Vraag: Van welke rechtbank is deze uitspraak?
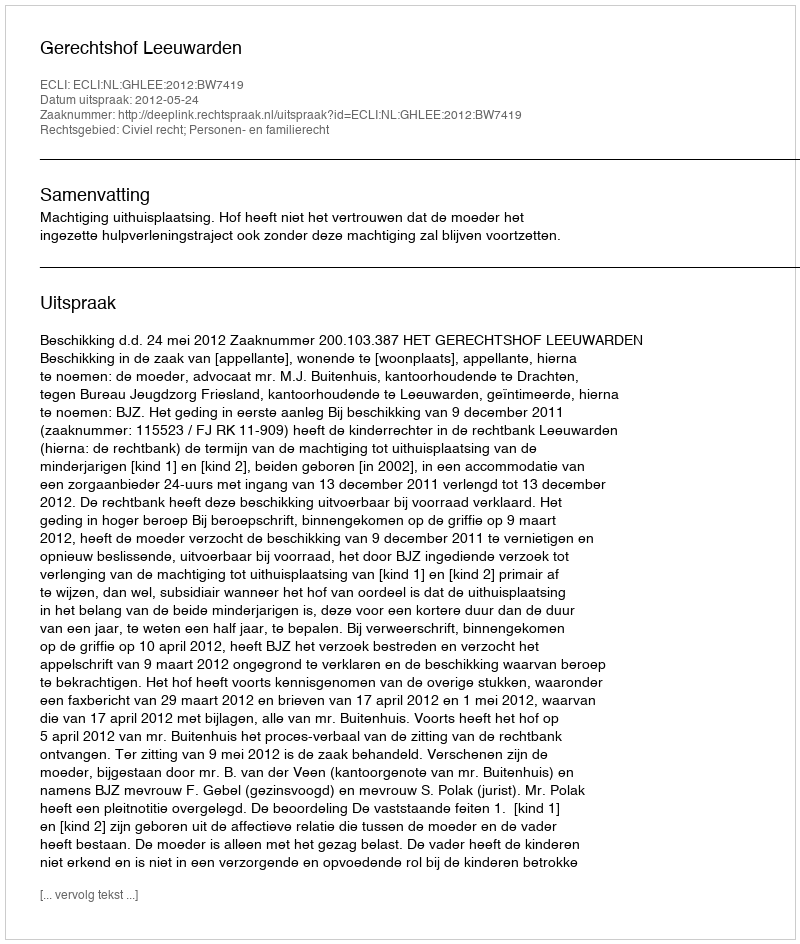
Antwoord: Gerechtshof Leeuwarden